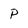
Character: P